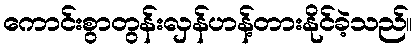
ကောင်းစွာတွန်းလှန်ဟန့်တားနိုင်ခဲ့သည်။